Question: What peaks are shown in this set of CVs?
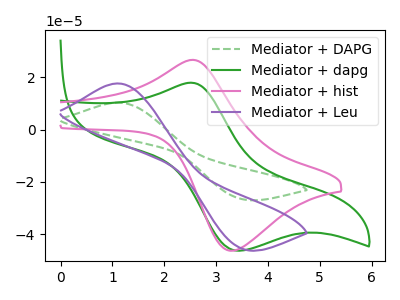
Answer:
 <answer>The green dashed curve "Mediator + DAPG" has an anodic peak at (1.10V, 10.30uA) and a cathodic peak at (3.50V, -26.60uA). The green curve "Mediator + dapg" has an anodic peak at (2.55V, 17.90uA) and a cathodic peak at (3.45V, -46.35uA). The pink curve "Mediator + hist" has an anodic peak at (2.50V, 26.60uA) and a cathodic peak at (3.25V, -46.35uA). The purple curve "Mediator + Leu" has an anodic peak at (1.10V, 17.65uA) and a cathodic peak at (3.50V, -45.55uA).</answer>
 <eval></eval>